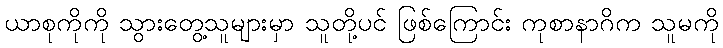
ယာစုကိုကို သွားတွေ့သူများမှာ သူတို့ပင် ဖြစ်ကြောင်း ကုစာနာဂိက သူမကို